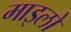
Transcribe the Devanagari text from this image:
माइलो